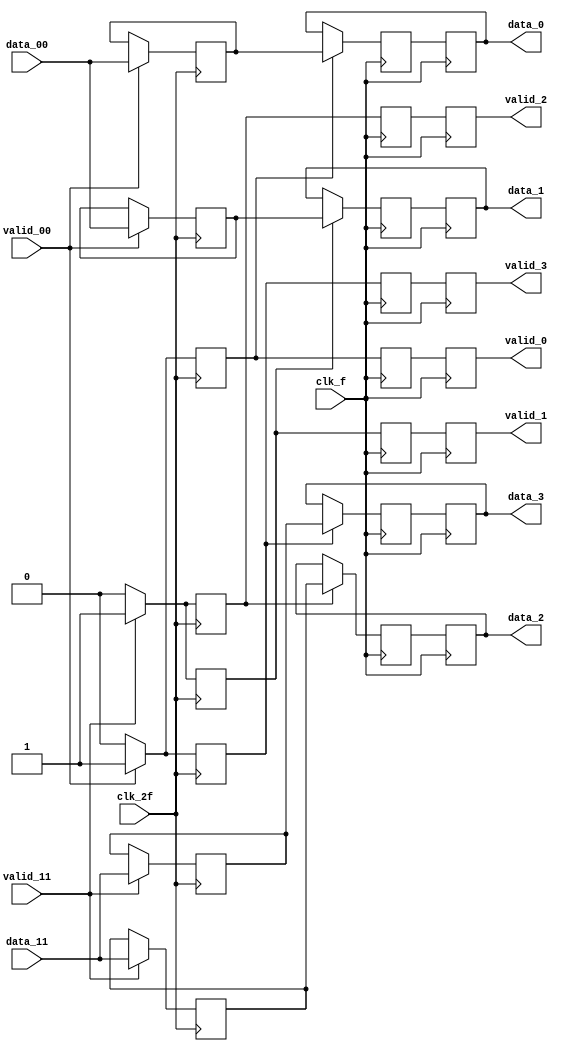
module DEMUX_L1 (
        input [7:0] data_00,
        input [7:0] data_11,
        input 		        valid_00,
        input 		        valid_11,
        input 		        clk_f,
      	input 		        clk_2f,
		output reg [7:0] 	data_0,
		output reg [7:0] 	data_1,
        output reg [7:0] 	data_2,
        output reg [7:0] 	data_3,
		output reg 		    valid_0,
		output reg 		    valid_1,
        output reg 		    valid_2,
		output reg 		    valid_3
        );

   //Seales internas
   reg [7:0] 	        c;
   reg [7:0]            d;
   reg [7:0] 	        e;
   reg [7:0]            f;
   
   reg 	                validt_0;
   reg 	                validt_1;
   reg 	                validt_2;
   reg 	                validt_3;


   always @(posedge clk_2f)
     begin
    
        if (valid_00) begin
	        c <= data_00;
            validt_0 <= valid_00;
        end
	    else if (~valid_00) begin
            c <= c;
            validt_0 <= valid_00;
        end 

         if (valid_11) begin
	        e <= data_11;
            validt_2 <= valid_11;
        end
	    else if (~valid_11) begin
            e <= e;
            validt_2 <= valid_11;
        end 
     end 

    always @(negedge clk_2f) begin
       
         if (valid_00) begin
	        d <= data_00;
            validt_3 <= valid_00;
        end
	    else if (~valid_00) begin
            d <= d;
            validt_3 <= valid_00;
        end 
     
        if (valid_11) begin
	        f <= data_11;
            validt_1 <= valid_11;
        end
	    else if (~valid_11) begin
            f <= f;
            validt_1 <= valid_11;
        end 
    end

   // Lgica Flop

   reg [7:0] data_0_t, data_1_t, data_2_t, data_3_t;
   reg valid_0_t, valid_1_t, valid_2_t, valid_3_t; 

   always @ (negedge clk_f)
    begin

	    if(validt_0)
	        begin
	            data_0_t <= c;
	            valid_0_t <= validt_0;
	        end
	
	    else
	        begin
                data_0_t <= data_0;
                valid_0_t <= validt_0;
	        end      
    
        if(validt_1)
	        begin
                data_1_t <= d;
                valid_1_t <= validt_1;
	        end
	
	    else
	        begin
                data_1_t <= data_1;
                valid_1_t <= validt_1;
	        end

         if(validt_2)
	        begin
	            data_2_t <= e;
	            valid_2_t <= validt_2;
	        end
	
	    else
	        begin
                data_2_t <= data_2;
                valid_2_t <= validt_2;
	        end      
    
        if(validt_3)
	        begin
                data_3_t <= f;
                valid_3_t <= validt_3;
	        end
	
	    else
	        begin
                data_3_t <= data_3;
                valid_3_t <= validt_3;
	        end
    end
   

   always @ (posedge clk_f)
    begin
        data_0 <= data_0_t;
        valid_0 <= valid_0_t;

        data_1 <= data_1_t;
        valid_1 <= valid_1_t;

        data_2 <= data_2_t;
        valid_2 <= valid_2_t;

        data_3 <= data_3_t;
        valid_3 <= valid_3_t;
    end
	
endmodule // DEMUX_L1